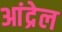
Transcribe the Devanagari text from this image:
आंद्रेल